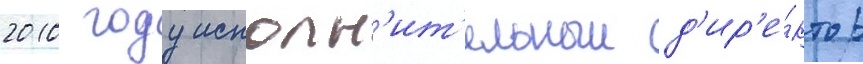
2010 году исполн'ит'ельныи д'ир'е́ктор